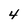
Character: 4